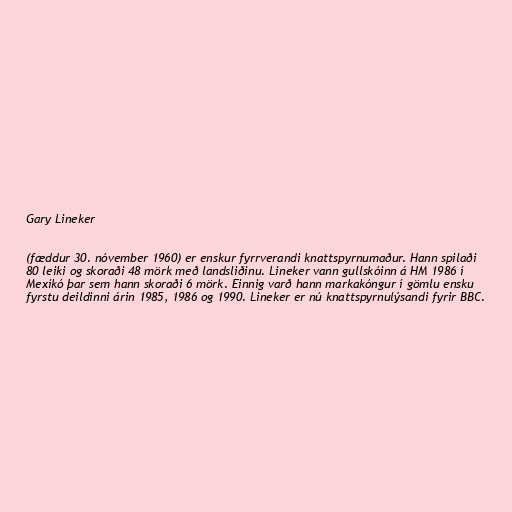
Gary Lineker

(fæddur 30. nóvember 1960) er enskur fyrrverandi knattspyrnumaður. Hann spilaði
80 leiki og skoraði 48 mörk með landsliðinu. Lineker vann gullskóinn á HM 1986 í
Mexíkó þar sem hann skoraði 6 mörk. Einnig varð hann markakóngur í gömlu ensku
fyrstu deildinni árin 1985, 1986 og 1990. Lineker er nú knattspyrnulýsandi fyrir BBC.